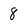
Character: 8